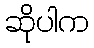
ဆိုပါက